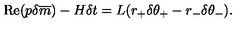
\mathrm { R e } ( p \delta \overline { { m } } ) - H \delta t = L ( r _ { + } \delta \theta _ { + } - r _ { - } \delta \theta _ { - } ) .